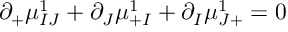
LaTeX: \partial _ { + } \mu _ { I J } ^ { 1 } + \partial _ { J } \mu _ { + I } ^ { 1 } + \partial _ { I } \mu _ { J + } ^ { 1 } = 0